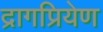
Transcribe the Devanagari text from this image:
द्रागप्रियेण